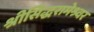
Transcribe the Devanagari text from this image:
श्रीसिद्धरामेश्र्वर